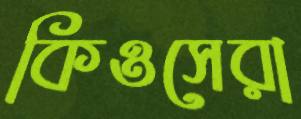
কিওসেরা